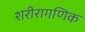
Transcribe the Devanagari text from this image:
शरीरागणिक